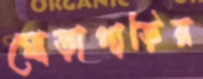
ঘোড়াগাড়ির